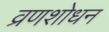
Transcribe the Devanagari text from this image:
व्रणशोधन